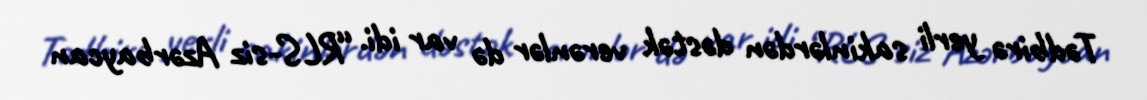
Tədbirə yerli sakinlərdən dəstək verənlər də var idi. “RLS-siz Azərbaycan